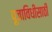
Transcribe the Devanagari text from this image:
पूजाविधीसाठी